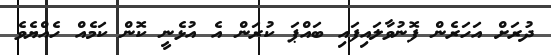
ދުރަށް އަހަރެން ފޮނުވާލައިފައި ބައްޕަ ކުރަން އެ އުޅެނީ ކޮން ކަމެއް ހެއްޔެވެ